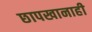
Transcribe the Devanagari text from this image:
छापखानाही